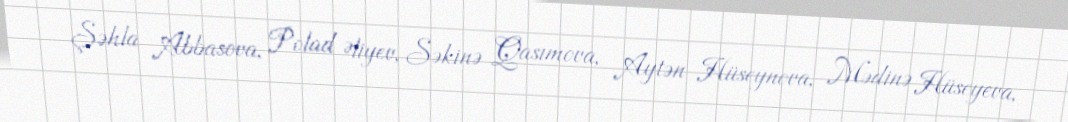
Şəhla Abbasova, Polad Əliyev, Səkinə Qasımova, Aytən Hüseynova, Mədinə Hüseyeva,